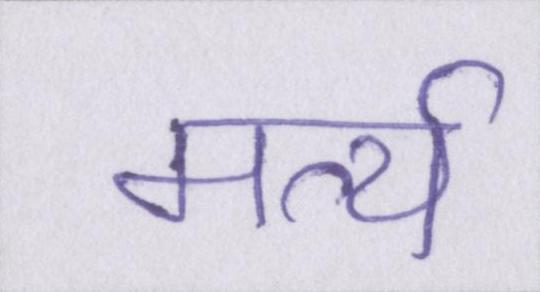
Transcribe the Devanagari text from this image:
मर्त्य